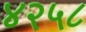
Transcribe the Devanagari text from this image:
४२५८